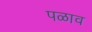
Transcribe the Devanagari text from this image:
पळाव